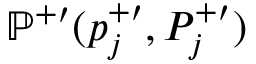
\mathbb { P } ^ { + \prime } ( p _ { j } ^ { + \prime } , P _ { j } ^ { + \prime } )